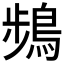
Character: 𫛄